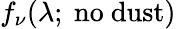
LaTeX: f_{\nu}(\lambda;\mathrm{~no~dust})